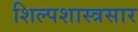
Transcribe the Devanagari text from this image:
शिल्पशास्त्रसार